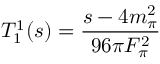
T _ { 1 } ^ { 1 } ( s ) = { \frac { s - 4 m _ { \pi } ^ { 2 } } { 9 6 \pi F _ { \pi } ^ { 2 } } }